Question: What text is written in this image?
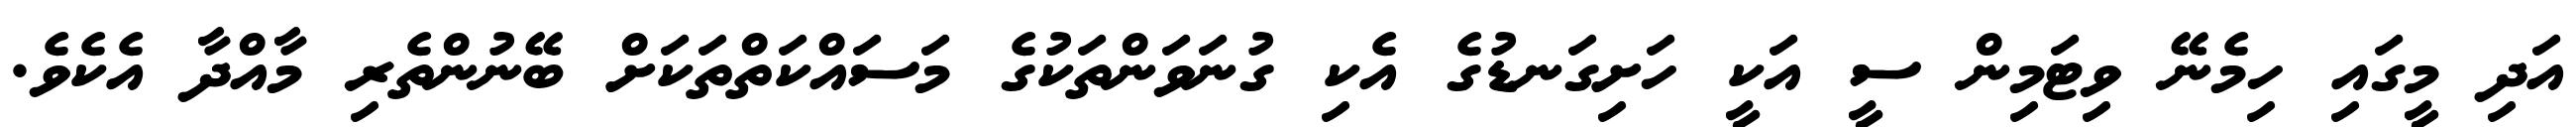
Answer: އަދި މީގައި ހިމެނޭ ވިޓަމިން ސީ އަކީ ހަށިގަނޑުގެ އެކި ގުނަވަންތަކުގެ މަސައްކަތްތަކަށް ބޭނުންތެރި މާއްދާ އެކެވެ.